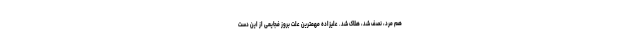
هم مُرد، نصف شد، هلاک شد. علیزاده مهمترین علت بروز فجایعی از این دست